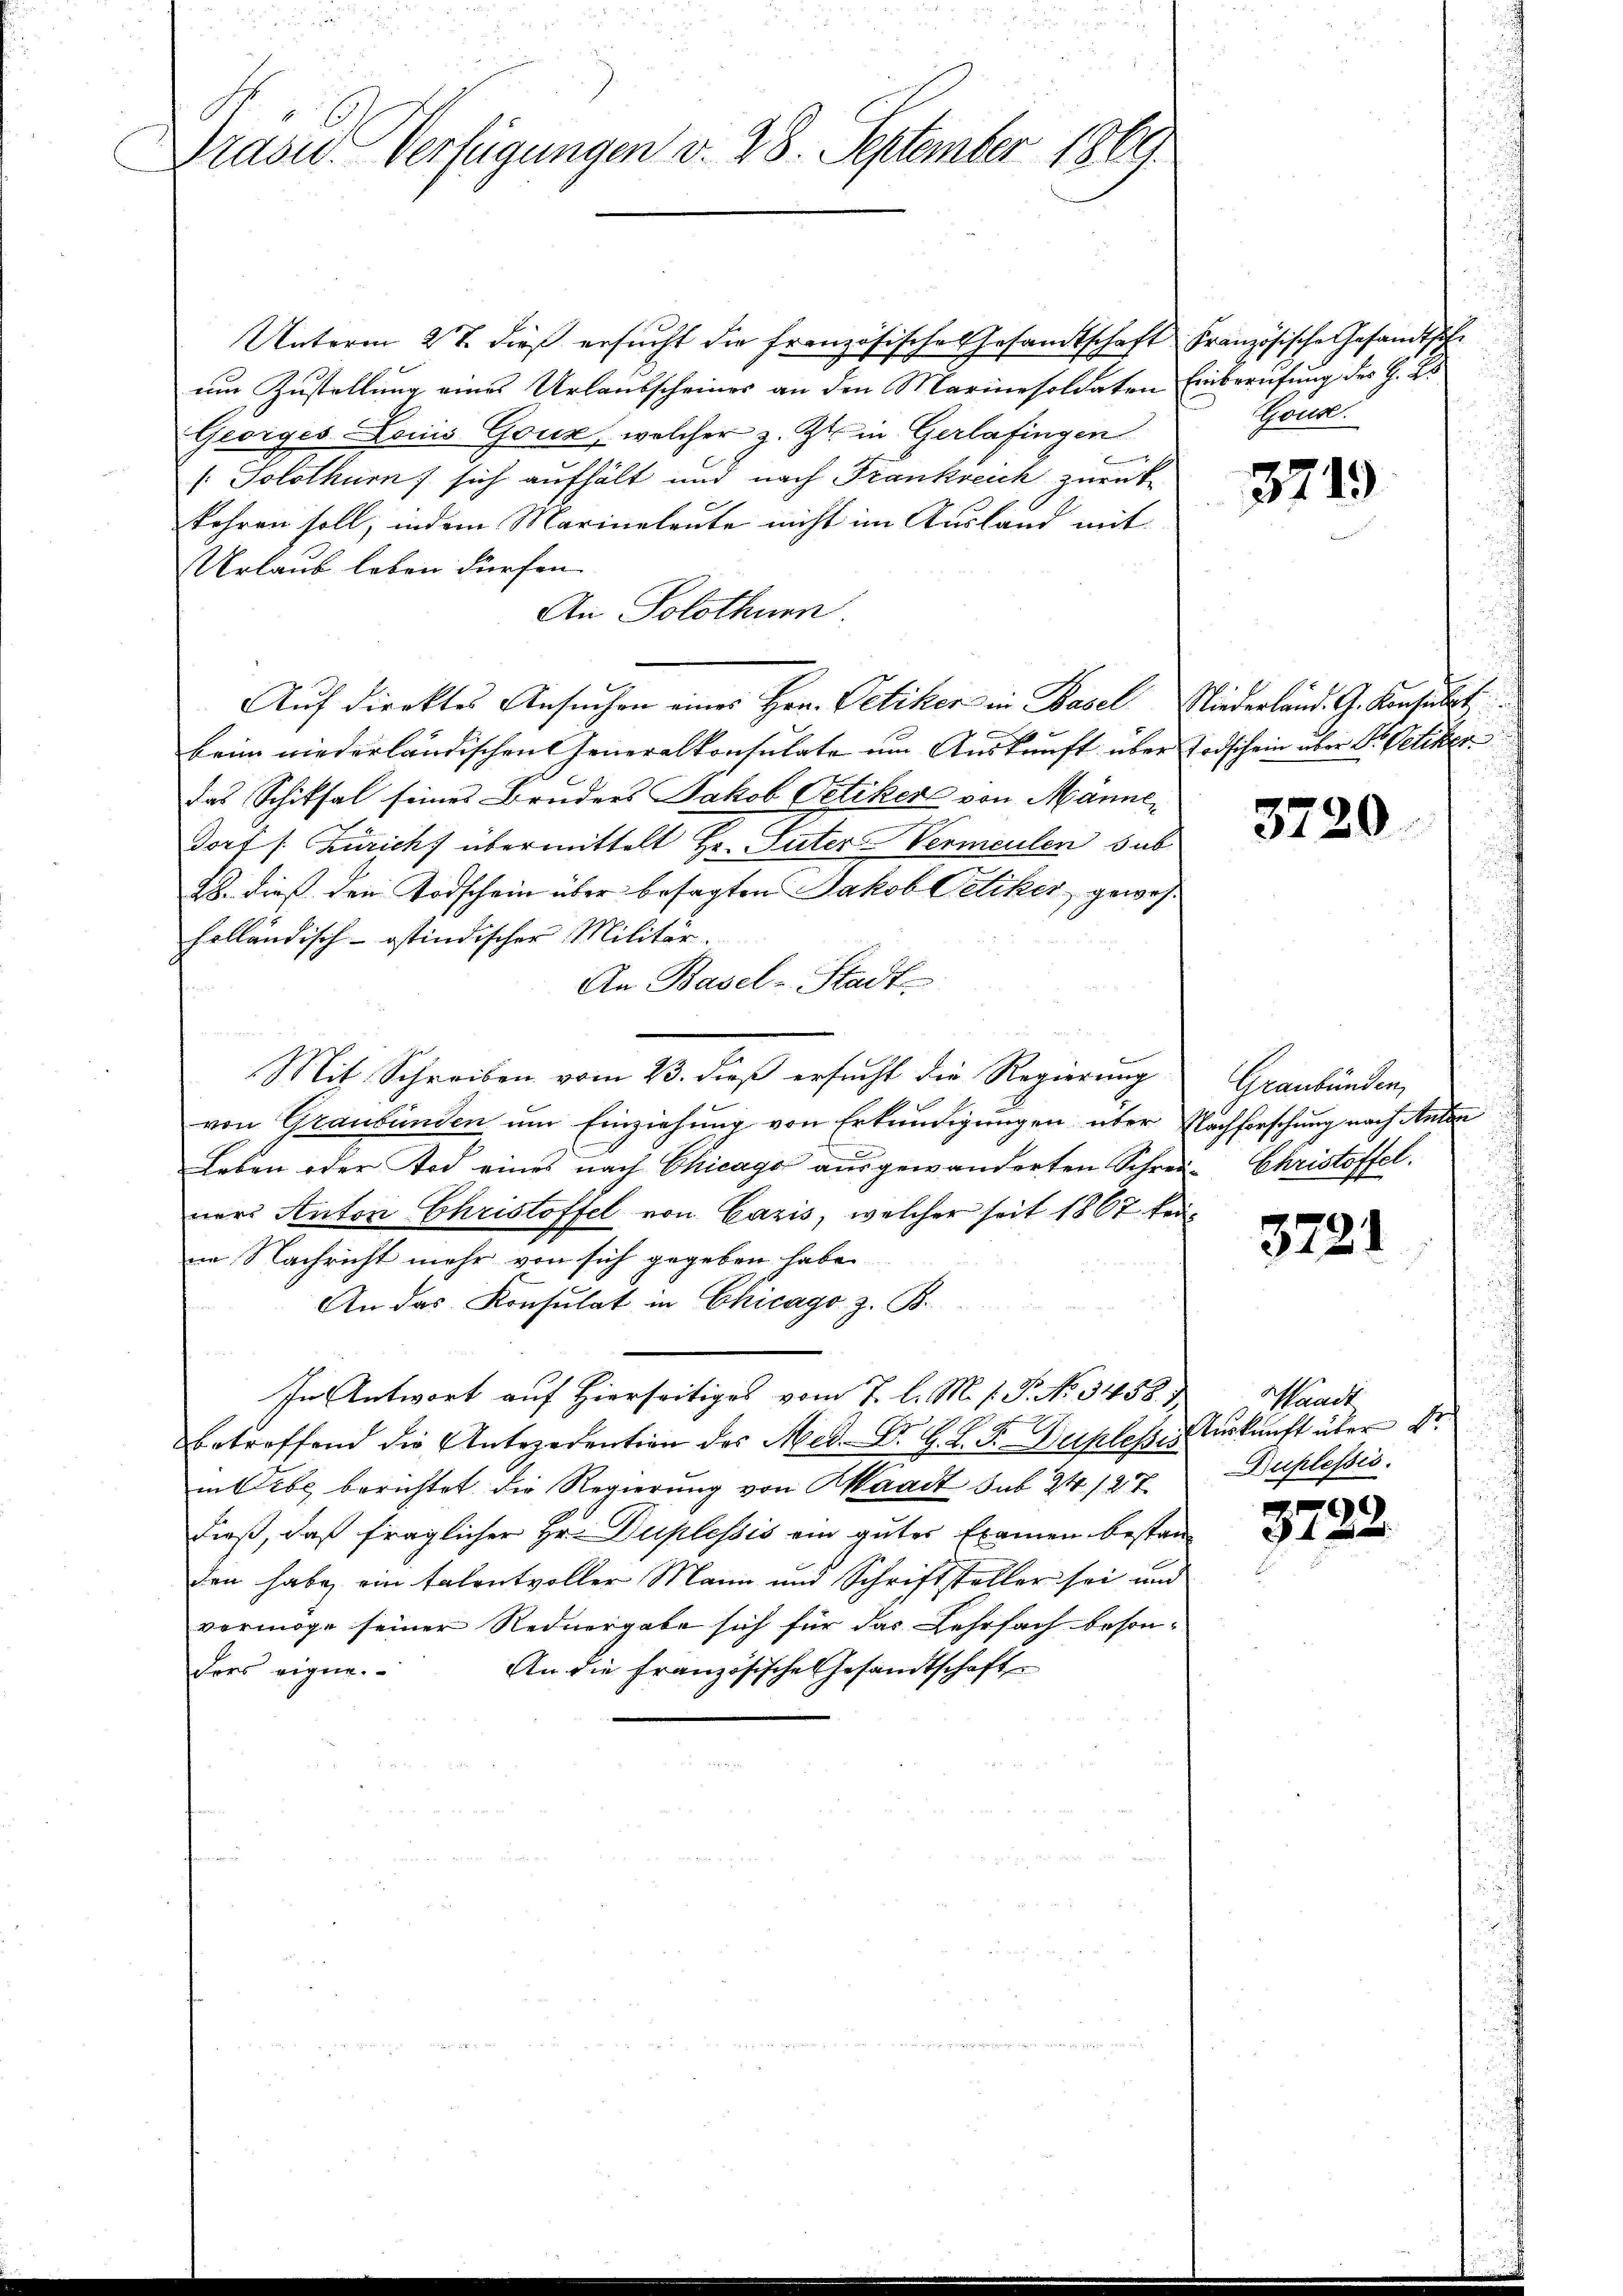
Präsid.- Verfügungen v. 28. September 1869.

Unterm 27. dieß ersŭcht die französische Gesandtschaft Französische Gesandtsche
d
um Zustellung eines Urlaubscheines an den Marinesoldaten Einberufung des H. Es
Georges Louis Goux, welcher z. Zt. in Gerlafingen
(Solothurn sich aufhält und nach Frankreich zurück-
kehren soll, indem Marineleute nicht im Ausland mit
Urlaub leben dürfen.
An Solothurn.
Auf direktes Ansuchen eines Hrn. Petiker in Basel Niederland. G. Konsult
s
beim niederländischen Generalkonsulate um Auskunft über Todschein über Dr. Petiker
das Schiksal seines Bruders Jakob Oetikers von Männedorf /: Zürich übermittelt Hr. Suter Vermeulen sub
28. dieß den Todschein über besagten Jakob Veliker gewohholländisch-ostindischer Militär.
An Basel-Stadt-
Mit Schreiben vom 23. dieß ersucht die Regierung
von Graubünden um Einziehung von Erkundigungen über Nachforschung nach Antan
Leben oder Tod eines nach Chicago ausgewanderten Schrei- Christoffel.
ners Anton Christoffel von Cazis, welcher seit 1867 keiin Nachricht mehr von sich gegeben habe.
An das Konsulat in Chicago z. B.
In Antwort auf Hierseitiges vom 7. l. M. h. P. N. 3458)
.
betreffend die Antezedention des Med. Dr. G. T. F. Duplesser Aŭskŭnft über Dr.
in Erbe berichtet die Regierung von Waadt sub 24 127
dieß, daß fraglicher Hr. Duplessis ein guter Examen bestan-
den habe ein talentvoller Mann und Schriftsteller sei und
vermöge seiner Rednergabe sich für das Lehrfach beson-
An die Französische Gesandtschaft
ders eigne.

Gous.

3719

3720

Graubünden,

3721

Mandt
Ruplessis

)